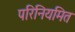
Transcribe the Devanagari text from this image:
परिनियमित